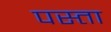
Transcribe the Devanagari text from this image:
पस्ता